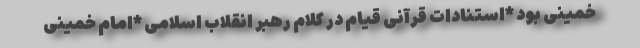
خمینی بود *استنادات قرآنی قیام در کلام رهبر انقلاب اسلامی *امام خمینی